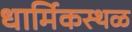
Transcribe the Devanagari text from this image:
धार्मिकस्थळ